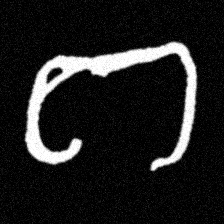
Pyu character \u2014 Myanmar letter: ဂ (romanized: ga)